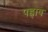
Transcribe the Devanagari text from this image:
पह्नाव